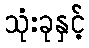
သုံးခုနှင့်